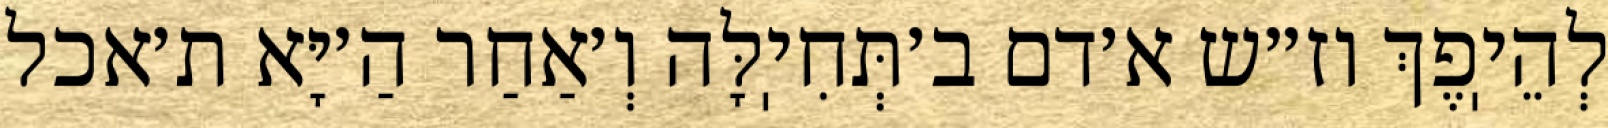
לְהֵיֽפֶךְ וז״ש א׳דם ב׳תְּחִיֽלָּה וְ׳אַחַר הַ׳יָּא ת׳אכל